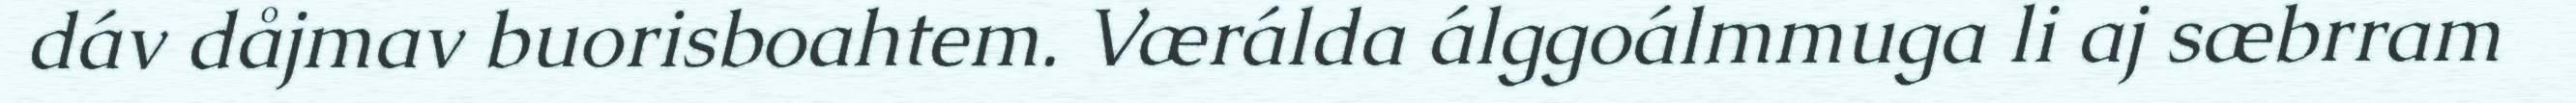
dáv dåjmav buorisboahtem. Værálda álggoálmmuga li aj sæbrram